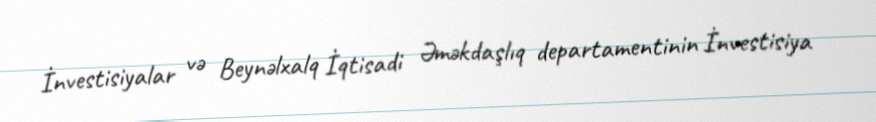
İnvestisiyalar və Beynəlxalq İqtisadi Əməkdaşlıq departamentinin İnvestisiya